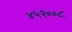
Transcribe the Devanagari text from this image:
४५२००८